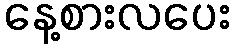
နေ့စားလပေး